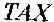
TAX